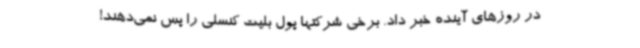
در روزهای آینده خبر داد. برخی شرکتها پول بلیت کنسلی را پس نمی‌دهند!